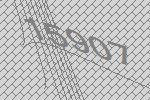
15907